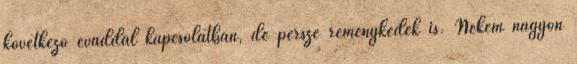
következő évaddal kapcsolatban, de persze reménykedek is. Nekem nagyon